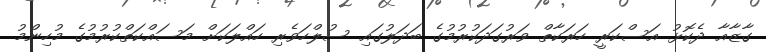
ގާޒާއާ ދެކޮޅު އަސްކަރީ ހަރަކާތް ވަރުގަދަކުރުމުގެ ބަދަލުގައި ސުލްހަވެރި ހައްލަކަށް މަސައްކަތްކުރުމުގެ މުހިންމު